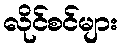
လိုင်စင်များ